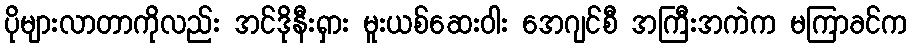
ပိုများလာတာကိုလည်း အင်ဒိုနီးရှား မူးယစ်ဆေးဝါး အေဂျင်စီ အကြီးအကဲက မကြာခင်က